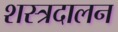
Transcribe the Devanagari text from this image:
शस्त्रदालन